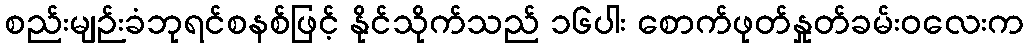
စည်းမျဉ်းခံဘုရင်စနစ်ဖြင့် နိုင်သိုက်သည် ၁၆ပါး စောက်ဖုတ်နှုတ်ခမ်းဝလေးက